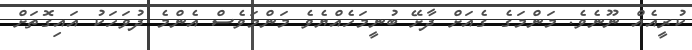
ކުރީއެއް ނޫނެވެ. މަންމަގެ ގެއަށް ދާށޭ ބުނީމަހެއްޔެވެ މަންމަވެސް އެންމެ ދުވަހަކު އައިގޮތަށް